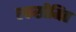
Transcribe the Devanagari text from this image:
एकसीमित